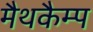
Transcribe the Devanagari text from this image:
मैथकैम्प